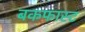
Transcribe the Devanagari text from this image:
बकफास्ट